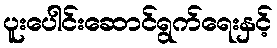
ပူးပေါင်းဆောင်ရွက်ရေးနှင့်